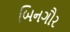
બિનગૌર